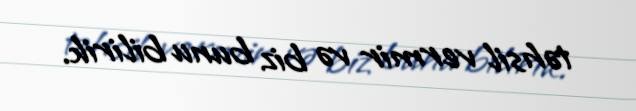
təhsil vermir və biz bunu bilirik.